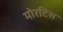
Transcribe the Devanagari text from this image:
मोरटिस